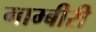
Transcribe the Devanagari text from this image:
गाम्बीरी